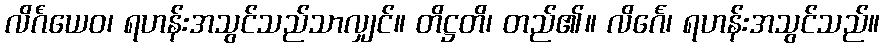
လိင်္ဂံယေဝ၊ ရဟန်းအသွင်သည်သာလျှင်။ တိဋ္ဌတိ၊ တည်၏။ လိင်္ဂေ၊ ရဟန်းအသွင်သည်။